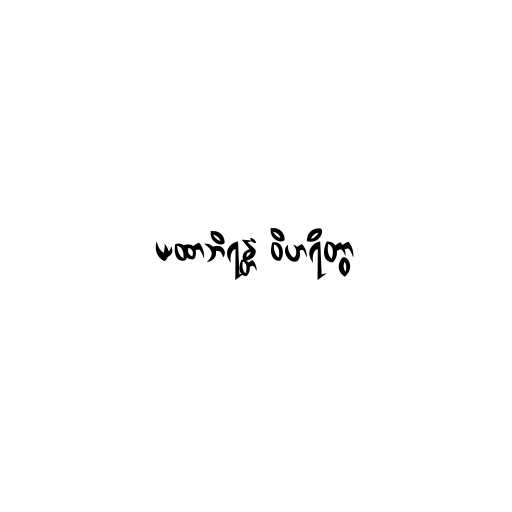
ယထာဘိရန္တံ ဝိဟရိတွာ